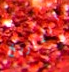
التاريخ